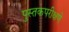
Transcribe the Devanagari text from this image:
पुस्तकपरीक्षणे